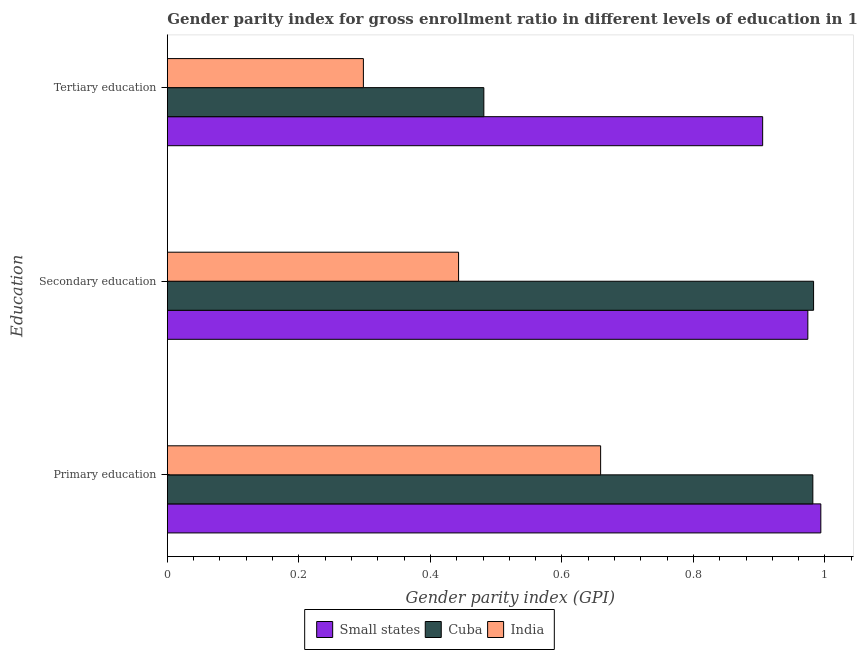
| Education | Small states | Cuba | India |
 | --- | --- | --- | --- |
 | Primary education | 0.994 | 0.982 | 0.659 |
 | Secondary education | 0.974 | 0.983 | 0.443 |
 | Tertiary education | 0.905 | 0.481 | 0.298 |